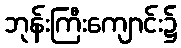
ဘုန်းကြီးကျောင်း၌